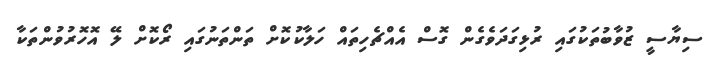
ސިޔާސީ ޒުވާބުތަކުގައި ރުޅިގަދަވެގެން ގޮސް އެއްޗެހިތައް ހަލާކުކޮށް ތަންތަނުގައި ރޯކޮށް ލޭ އޮހޮރުވުންތަކާ